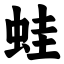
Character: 蛙